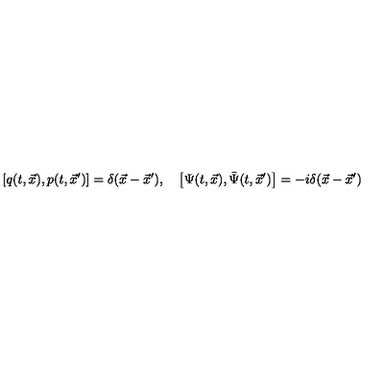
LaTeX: \left[ q ( t , \vec { x } ) , p ( t , \vec { x } ^ { \prime } ) \right] = \delta ( \vec { x } - \vec { x } ^ { \prime } ) , \quad \left[ \Psi ( t , \vec { x } ) , \bar { \Psi } ( t , \vec { x } ^ { \prime } ) \right] = - i \delta ( \vec { x } - \vec { x } ^ { \prime } )